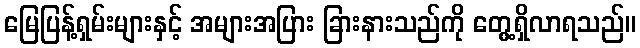
မြေပြန့်ရှမ်းများနှင့် အများအပြား ခြားနားသည်ကို တွေ့ရှိလာရသည်။